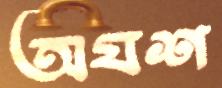
অযশ